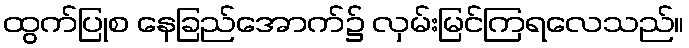
ထွက်ပြုစ နေခြည်အောက်၌ လှမ်းမြင်ကြရလေသည်။